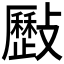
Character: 𣀥